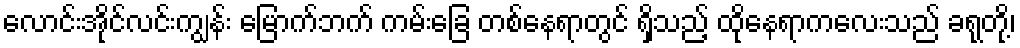
လောင်းအိုင်လင်းကျွန်း မြောက်ဘက် ကမ်းခြေ တစ်နေရာတွင် ရှိသည့် ထိုနေရာကလေးသည် ခရုတို့၊